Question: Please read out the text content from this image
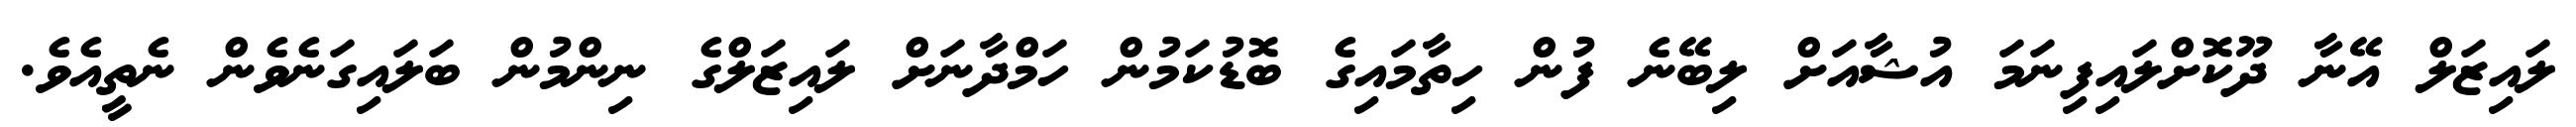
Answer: ލައިޒަލް އޭނާ ދޫކޮށްލައިފިނަމަ އުޝާއަށް ލިބޭނެ ފުން ހިތާމައިގެ ބޮޑުކަމުން ހަމްދާނަށް ލައިޒަލްގެ ނިންމުން ބަލައިގަނެވެން ނެތީއެވެ.